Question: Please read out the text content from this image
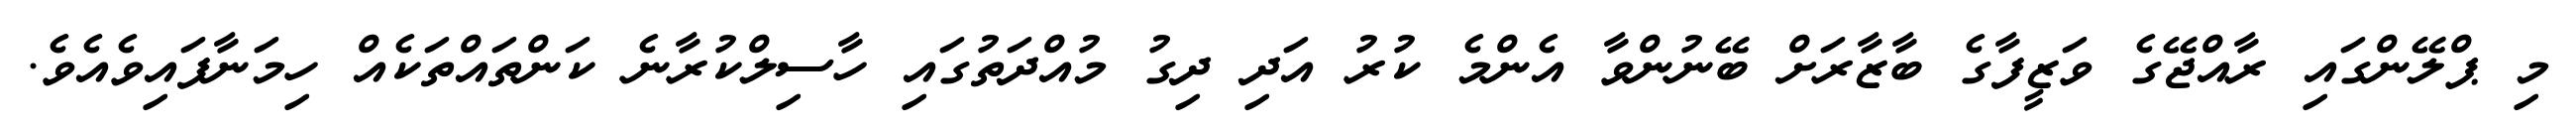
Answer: މި ޕްލޭންގައި ރާއްޖޭގެ ވަޒީފާގެ ބާޒާރަށް ބޭނުންވާ އެންމެ ކުރު އަދި ދިގު މުއްދަތުގައި ހާސިލްކުރާނެ ކަންތައްތަކެއް ހިމަނާފައިވެއެވެ.